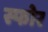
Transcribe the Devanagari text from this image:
स्फोर